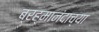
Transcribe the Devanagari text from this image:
ब्रह्मानंदाच्या